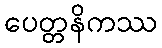
ပေတ္တနိကဿ